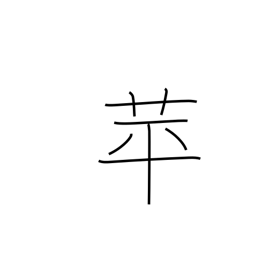
Meaning: duckweed